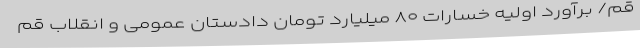
قم/ برآورد اولیه خسارات ۸۰ میلیارد تومان دادستان عمومی و انقلاب قم